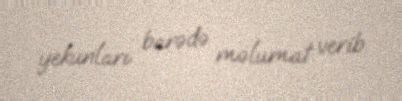
yekunları barədə məlumat verib.